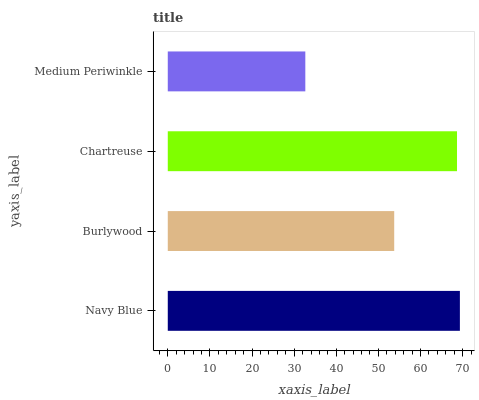
| yaxis_label | bars |
 | --- | --- |
 | Navy Blue | 69.3 |
 | Burlywood | 53.7 |
 | Chartreuse | 68.7 |
 | Medium Periwinkle | 32.6 |